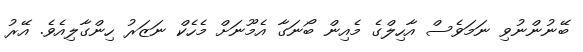
ބޭނުންނުވި ނަމަވެސް އާހިލްގެ މެއިން ބޯނަގާ އެމޫނަށް މެހެކް ނަޒަރު ހިންގާލިއެވެ. އޭރު